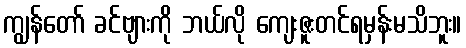
ကျွန်တော် ခင်ဗျားကို ဘယ်လို ကျေးဇူးတင်ရမှန်းမသိဘူး။